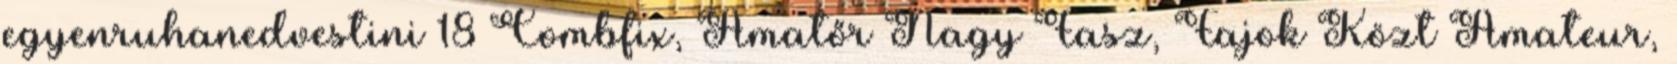
egyenruhanedvestini 18 Combfix, Amatőr Nagy Fasz, Fajok Közt Amateur,